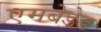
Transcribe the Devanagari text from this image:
एमबेडेड